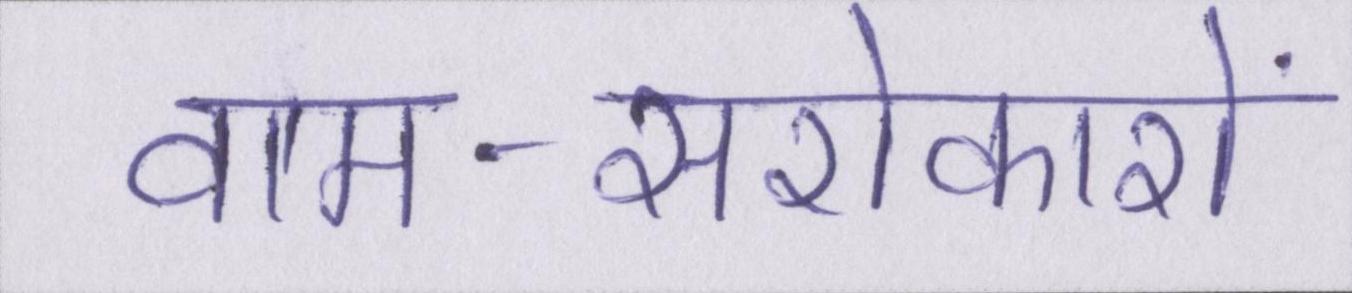
वाम-सरोकारों